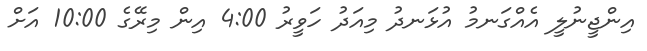
އިންޖީނުލީ އެއްގަނމު އުޅަނދު މިއަދު ހަވީރު 4:00 އިން މިރޭގެ 10:00 އަށް